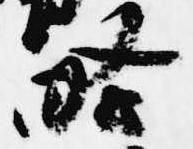
略